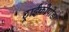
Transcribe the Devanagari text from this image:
ट्राईकोपोडा